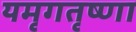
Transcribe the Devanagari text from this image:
यमृगतृष्णा